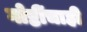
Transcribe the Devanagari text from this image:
गोष्टींचाही